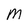
Character: M